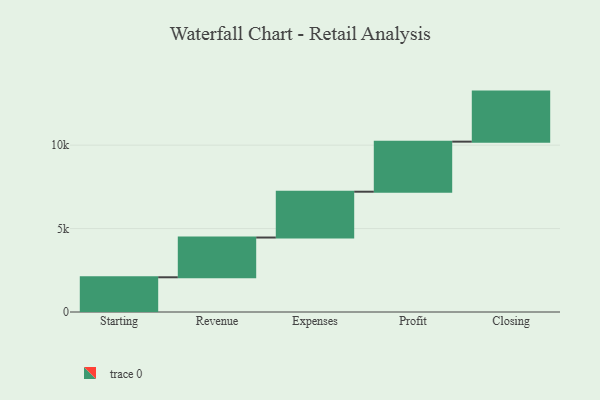
{"axis": {"x": "Step", "y": "Value"}, "legend": [""], "data": [{"x": "Starting", "y": 2081.0, "type": ""}, {"x": "Revenue", "y": 2383.0, "type": ""}, {"x": "Expenses", "y": 2747.0, "type": ""}, {"x": "Profit", "y": 3000, "type": ""}, {"x": "Closing", "y": 3000, "type": ""}]}